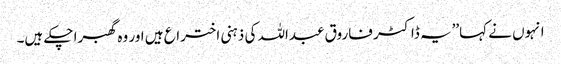
انہوں نے کہا’’یہ ڈاکٹر فاروق عبداللہ کی ذہنی اختراع ہیں اور وہ گھبرا چکے ہیں۔